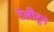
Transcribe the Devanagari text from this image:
टेलीटून